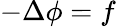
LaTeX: -\Delta\phi=f